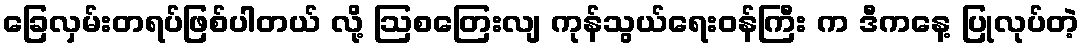
ခြေလှမ်းတရပ်ဖြစ်ပါတယ် လို့ ဩစတြေးလျ ကုန်သွယ်ရေးဝန်ကြီး က ဒီကနေ့ ပြုလုပ်တဲ့